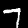
Label: 7